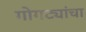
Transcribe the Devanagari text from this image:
गोगट्यांचा